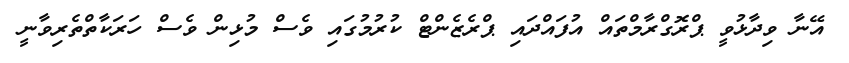
އޭނާ ވިދާޅުވީ ޕްރޮގްރާމްތައް އުފައްދައި ޕްރެޒެންޓް ކުރުމުގައި ވެސް މުޅިން ވެސް ހަރަކާތްތެރިވާނީ